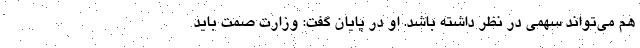
هم می‌تواند سهمی در نظر داشته باشد. او در پایان گفت: وزارت صمت باید